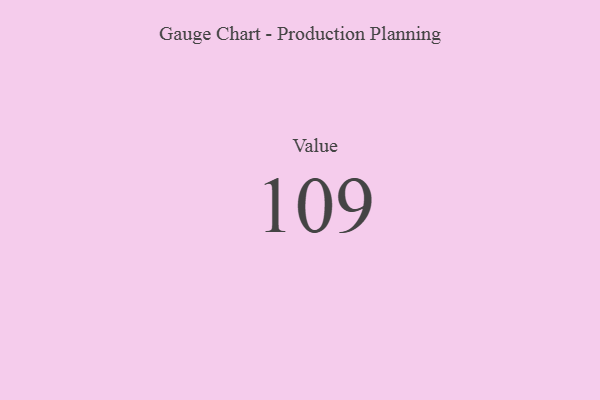
{"axis": {"x": "Metric", "y": "Value"}, "legend": [""], "data": [{"x": "Value", "y": 109, "type": ""}]}